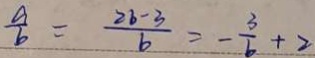
\frac { a } { b } = \frac { 2 b - 3 } { b } = - \frac { 3 } { b } + 2